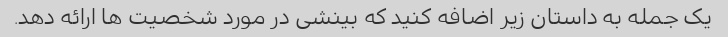
یک جمله به داستان زیر اضافه کنید که بینشی در مورد شخصیت ها ارائه دهد.